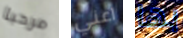
مرحبا اعني بها